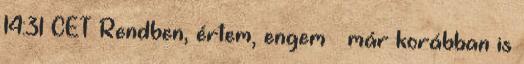
14:31 CET Rendben, értem, engem – már korábban is